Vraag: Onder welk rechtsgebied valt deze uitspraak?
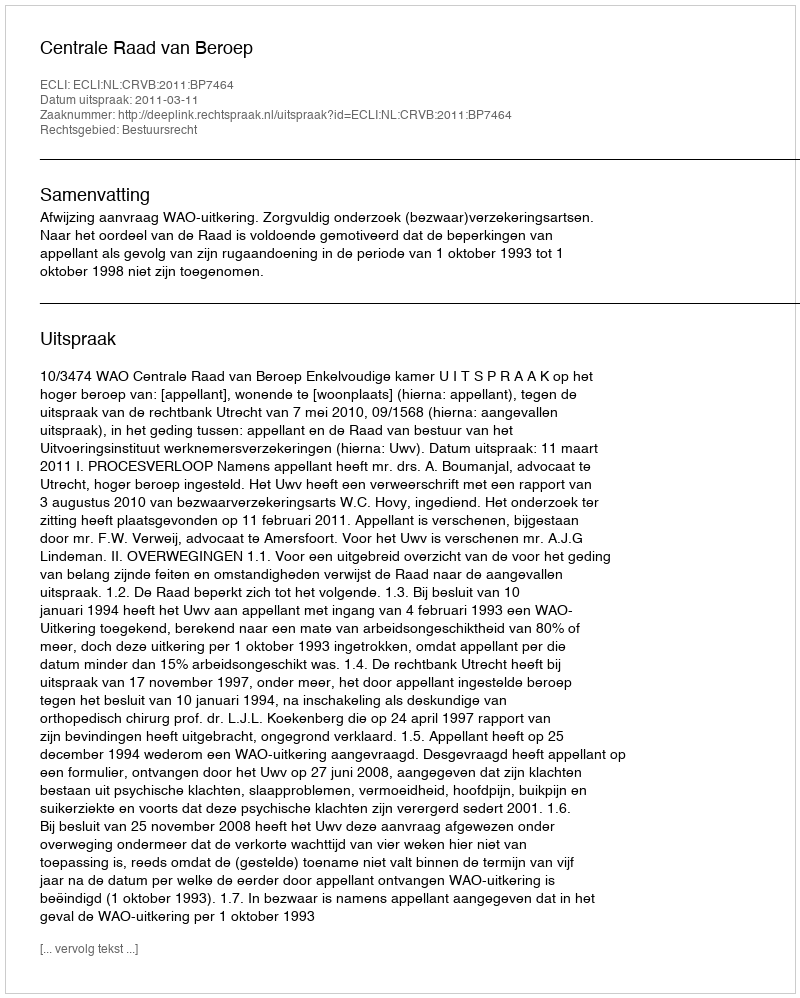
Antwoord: Bestuursrecht